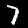
Label: 7